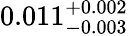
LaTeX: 0.011_{-0.003}^{+0.002}